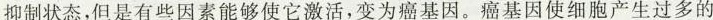
抑制状态，但是有些因素能够使它激活，变为癌基因。癌基因使细胞产生过多的